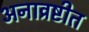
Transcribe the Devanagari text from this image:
अनाव्रष्टीत